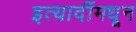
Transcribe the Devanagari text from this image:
इत्यादींमधून